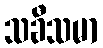
သခီသမာ